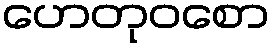
ဟေတုဝစော